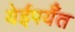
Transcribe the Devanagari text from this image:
येईपर्यँत